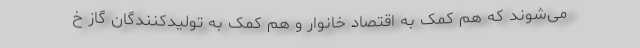
می‌شوند که هم کمک به اقتصاد خانوار و هم کمک به تولیدکنندگان گاز خ